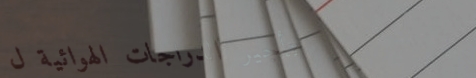
تأجير الدراجات الهوائية ل